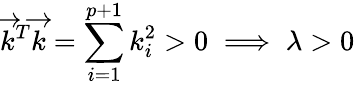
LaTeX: {\overrightarrow{k}}^{T}{\overrightarrow{k}}=\sum_{i=1}^{p+1}k_{i}^{2}>0\implies\lambda>0